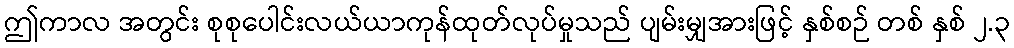
ဤကာလ အတွင်း စုစုပေါင်းလယ်ယာကုန်ထုတ်လုပ်မှုသည် ပျမ်းမျှအားဖြင့် နှစ်စဉ် တစ် နှစ် ၂.၃